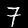
Digit: 7